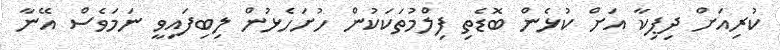
ކުރިއަށް ދިޕިކާ އަށް ކުޅެން ބޮޑެތި ފިލްމުތަކަކުން ހުށަހެޅުން ލިބިފައިވީ ނަމަވެސް އޭނާ